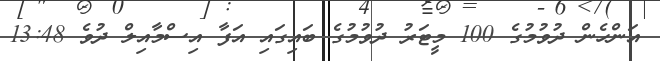
އަންހެން ދުވުމުގެ 100 މީޓަރު ދުވުމުގެ ބައިގައި އަފާ އިސްމާއިލް ދުވެ 13:48